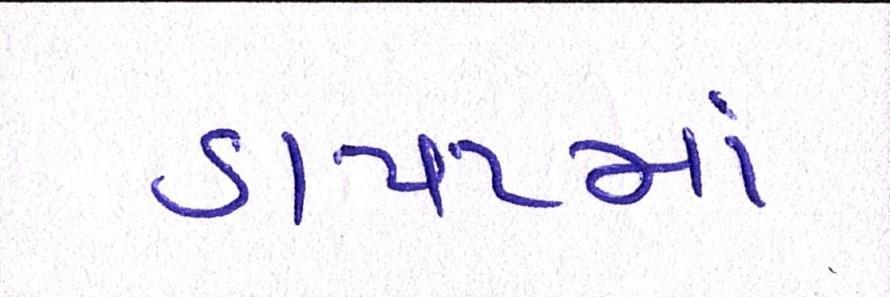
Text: ડાયટમાં